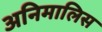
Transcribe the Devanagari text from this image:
अनिमालिस